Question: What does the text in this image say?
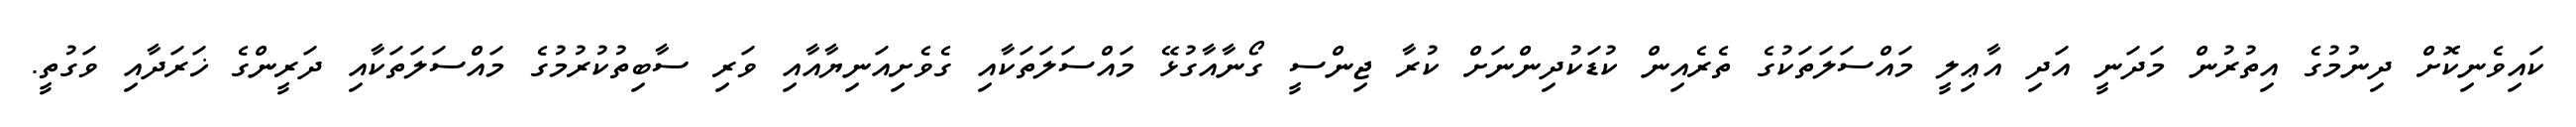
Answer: ކައިވެނިކޮށް ދިނުމުގެ އިތުރުން މަދަނީ އަދި އާޢިލީ މައްސަލަތަކުގެ ތެރެއިން ކުޑަކުދިންނަށް ކުރާ ޖިންސީ ގޯނާއާގުޅޭ މައްސަލަތަކާއި ގެވެށިއަނިޔާއާއި ވަރި ސާބިތުކުރުމުގެ މައްސަލަތަކާއި ދަރީންގެ ޚަރަދާއި ވަގުތީ.